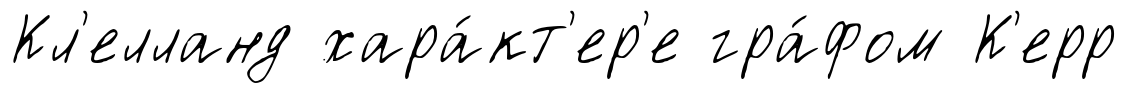
Кл'елланд хара́кт'ер'е гра́фом К'ерр